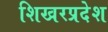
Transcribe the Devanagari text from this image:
शिखरप्रदेश